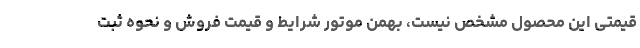
قیمتی این محصول مشخص نیست، بهمن موتور شرایط و قیمت فروش و نحوه ثبت